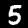
Label: 5